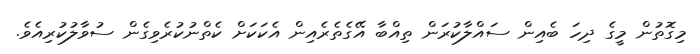
މިގޮތުން މީގެ ދިހަ ބެއިން ސައްލާކުރަން ތިއްބާ އޭގެތެރެއިން އެކަކަށް ކެތްނުކުރެވިގެން ސުވާލުކުރިއެވެ.